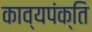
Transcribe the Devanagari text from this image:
काव्यपंक्ति